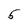
Character: 5